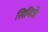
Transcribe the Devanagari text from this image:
सिनिजे